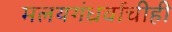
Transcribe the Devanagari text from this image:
मलयगंधर्वाचीही